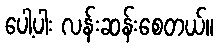
ပေါ့ပါး လန်းဆန်းစေတယ်။